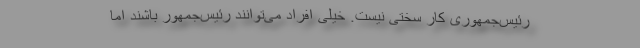
رئیس‌جمهوری کار سختی نیست. خیلی افراد می‌توانند رئیس‌جمهور باشند امّا